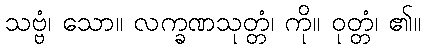
သဗ္ဗံ၊ သော။ လက္ခဏသုတ္တံ၊ ကို။ ဝုတ္တံ၊ ၏။